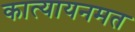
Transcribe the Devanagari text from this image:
कात्यायनमत